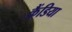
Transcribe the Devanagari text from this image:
कैंडिया